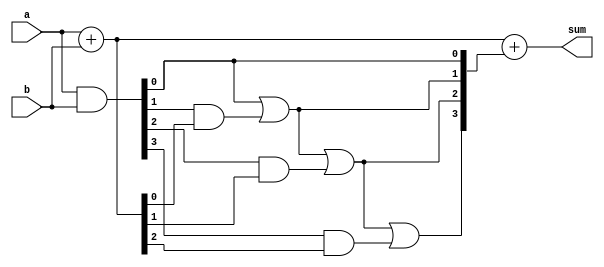
module carry_save_adder (
    input [3:0] a,
    input [3:0] b,
    output [3:0] sum
);

wire [3:0] p, g, c;

assign {p[3], p[2], p[1], p[0]} = a + b;
assign {g[3], g[2], g[1], g[0]} = a & b;

assign c[0] = g[0];
assign c[1] = g[0] | (g[1] & p[0]);
assign c[2] = g[0] | (g[1] & p[0]) | (g[2] & p[1]);
assign c[3] = g[0] | (g[1] & p[0]) | (g[2] & p[1]) | (g[3] & p[2]);

assign sum = p + c;

endmodule